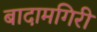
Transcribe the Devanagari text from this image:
बादामगिरी